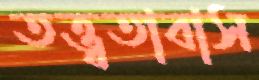
তত্ত্বতাবাস